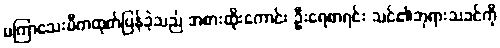
မကြာသေးမီကထုတ်ပြန်ခဲ့သည် အစားထိုးကောင်း ဦးရေစာရင်း သင်၏ဘုရားသခင်ကို